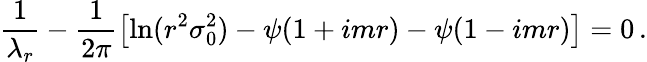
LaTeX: \frac{1}{\lambda_{r}}-\frac{1}{2\pi}\left[\ln(r^{2}\sigma_{0}^{2})-\psi(1+imr)-\psi(1-imr)\right]=0\, .